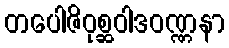
တပေါဇိဝုစ္ဆဝါဒဝဏ္ဏနာ